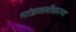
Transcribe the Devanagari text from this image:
भांडवलीकरण